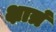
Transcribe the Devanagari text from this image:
क्षात्रं